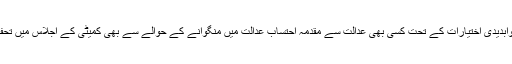
نیب کی طرف سے صوابدیدی اختیارات کے تحت کسی بھی عدالت سے مقدمہ احتساب عدالت میں منگوانے کے حوالے سے بھی کمیٹی کے اجلاس میں تحفظات کا اظہا ر کیا گیا۔